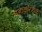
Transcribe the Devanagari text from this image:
महाकरंडक